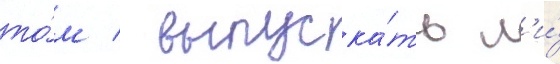
то́м / выпуска́ть л'и́